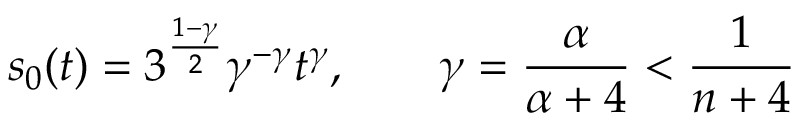
s _ { 0 } ( t ) = 3 ^ { \frac { 1 - \gamma } { 2 } } \gamma ^ { - \gamma } t ^ { \gamma } , \qquad \gamma = \frac { \alpha } { \alpha + 4 } < \frac { 1 } { n + 4 }